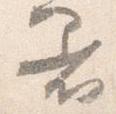
着